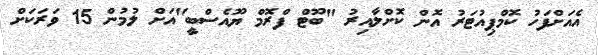
އެއަށްފަހު ކޮމްޕިއުޓަރު އޮން ކޮށްލާއިރު "ބޫޓް ފްރޮމް ޔޫއެސްބީ"އަށް ލުމުން 15 ވަރަކަށް